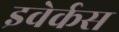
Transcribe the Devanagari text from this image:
इवेर्कस